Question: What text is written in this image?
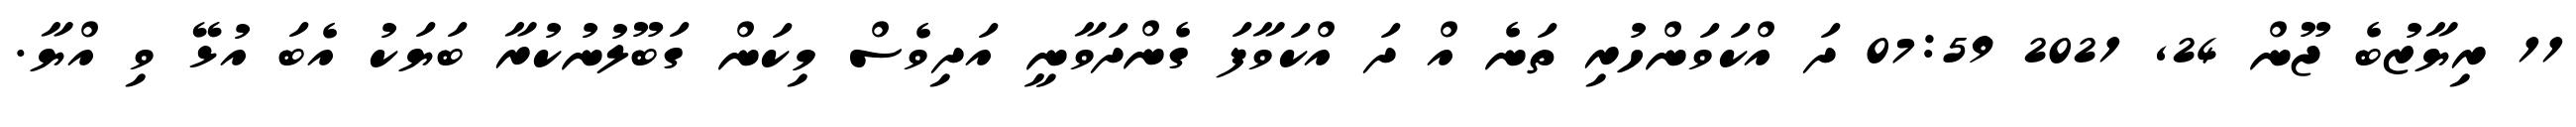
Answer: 11 ރިޔާޒުބެ ޖޫން 24, 2021 07:59 ދަ އްކަވަންހުރި ތަނެ އް ދަ އްކަވާފަ ގެންދަވާނީ އަދިވެސް މިކަން ގަބޫލުނުކުރާ ބަޔަކު އެބަ އުޅޭ ވި އްޔާ.